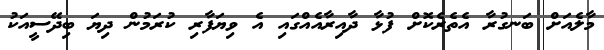
މާލެއަށް ބަނގުރާ އެތެރެކޮށް ފުޅާ ދާއިރާއެއްގައި އެ ވިޔަފާރި ކުރަމުން ދިޔަ ބިދޭސީއަކު